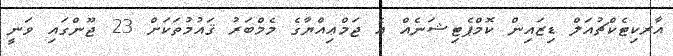
އާރކިޓެކްޗުއަލް ޑިޒައިން ކޮމްޕެޓިޝަނެއް އެ ޖަމްޢިއްޔާގެ މެމްބަރު ޤައުމުތަކަށް 23 ޖޫންގައި ވަނީ